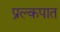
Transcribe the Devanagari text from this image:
प्रल्कपात